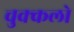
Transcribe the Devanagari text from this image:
चुक्कलो